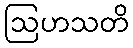
ဩဟသတိ